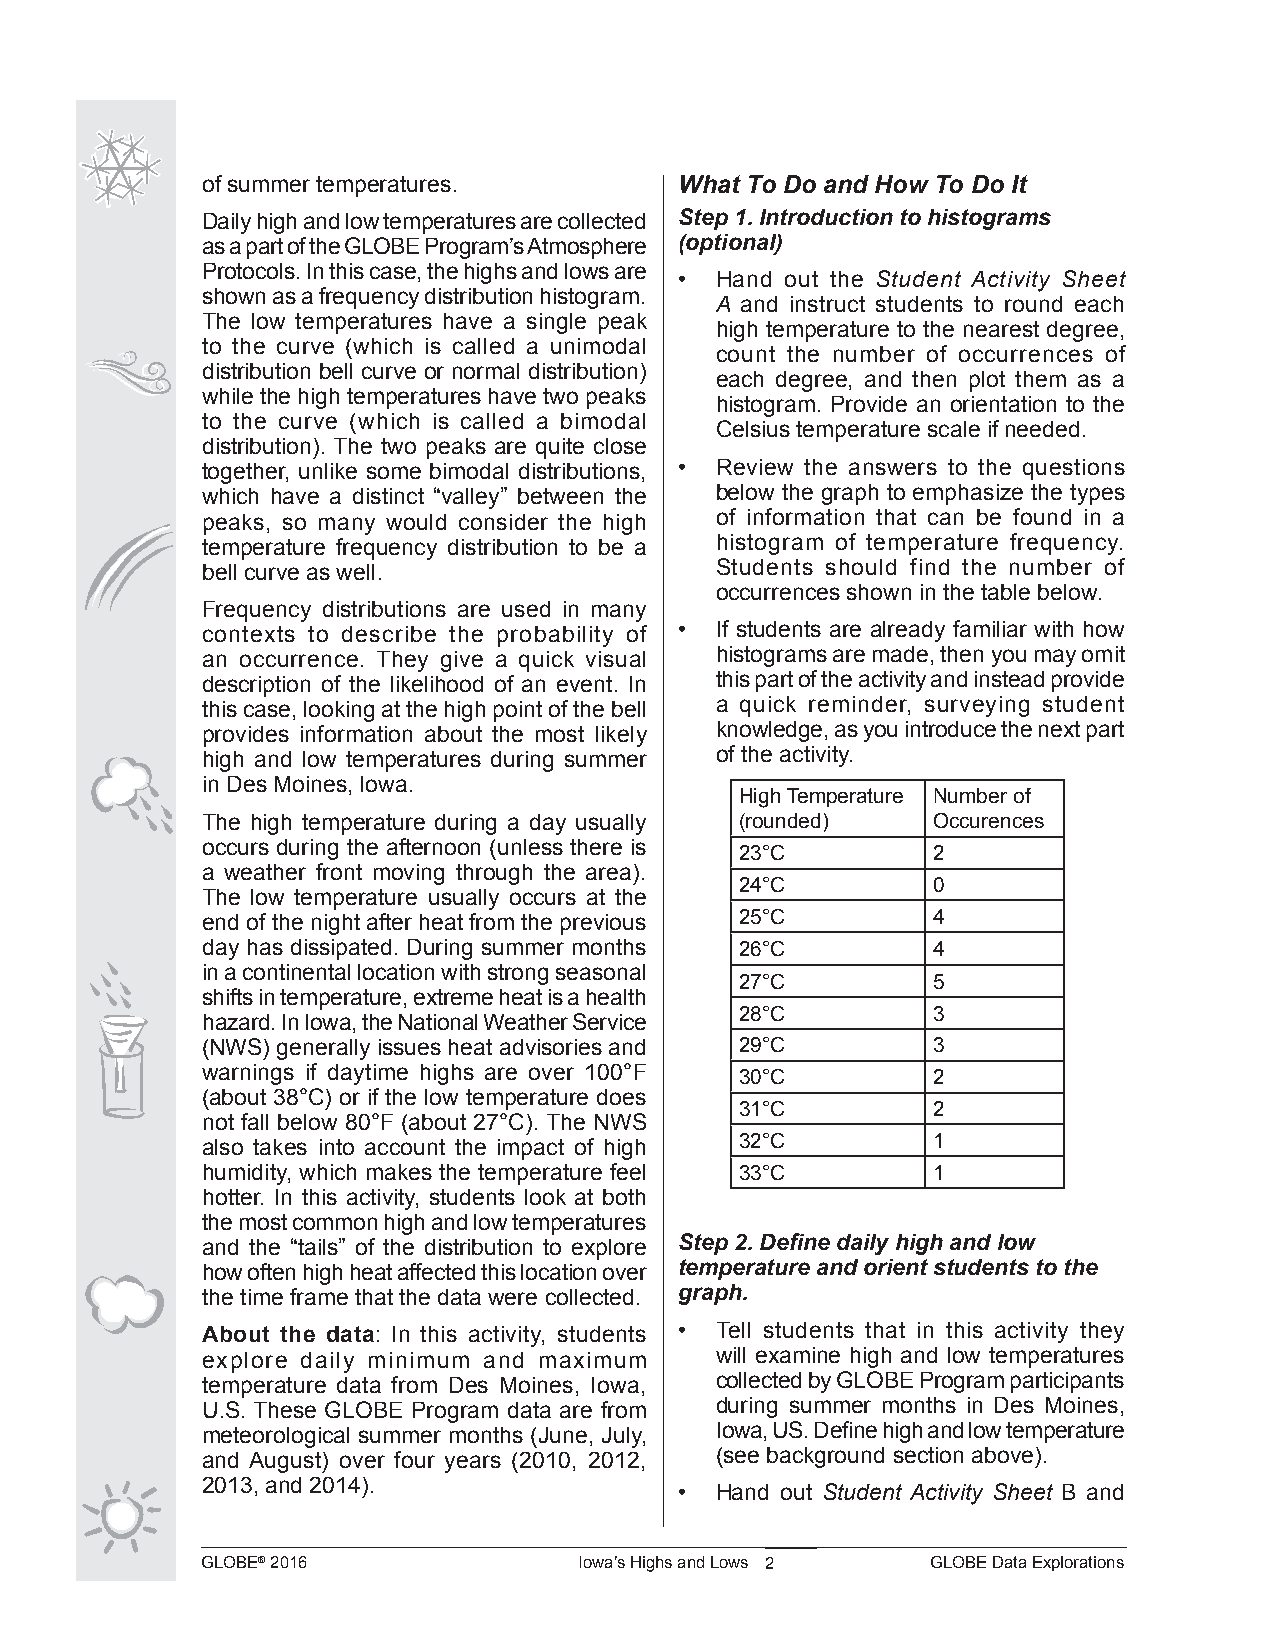
of summer temperatures.         What To Do and How To Do It
 Daily high and low temperatures are collected Step 1. Introduction to histograms
 as a part of the GLOBE Program’s Atmosphere (optional)
 Protocols. In this case, the highs and lows are
 • Hand out the Student Activity Sheet
 shown as a frequency distribution histogram.
 A and instruct students to round each
 The low temperatures have a single peak
 high temperature to the nearest degree,
 to the curve (which is called a unimodal
 count the number of occurrences of
 distribution bell curve or normal distribution)
 each degree, and then plot them as a
 while the high temperatures have two peaks
 histogram. Provide an orientation to the
 to the curve (which is called a bimodal
 Celsius temperature scale if needed.
 distribution). The two peaks are quite close
 together, unlike some bimodal distributions, • Review the answers to the questions
 which have a distinct “valley” between the below the graph to emphasize the types
 peaks, so many would consider the high of information that can be found in a
 temperature frequency distribution to be a histogram of temperature frequency.
 bell curve as well.               Students should find the number of
 occurrences shown in the table below.
 Frequency distributions are used in many
 contexts to describe the probability of • If students are already familiar with how
 an occurrence. They give a quick visual histograms are made, then you may omit
 description of the likelihood of an event. In this part of the activity and instead provide
 this case, looking at the high point of the bell a quick reminder, surveying student
 provides information about the most likely knowledge, as you introduce the next part
 high and low temperatures during summer of the activity.
 in Des Moines, Iowa.
 High Temperature Number of
 The high temperature during a day usually (rounded) Occurences
 occurs during the afternoon (unless there is
 23°C         2
 a weather front moving through the area).
 24°C         0
 The low temperature usually occurs at the
 end of the night after heat from the previous 25°C 4
 day has dissipated. During summer months 26°C    4
 in a continental location with strong seasonal
 27°C         5
 shifts in temperature, extreme heat is a health
 28°C         3
 hazard. In Iowa, the National Weather Service
 (NWS) generally issues heat advisories and 29°C  3
 warnings if daytime highs are over 100°F 30°C    2
 (about 38°C) or if the low temperature does
 31°C         2
 not fall below 80°F (about 27°C). The NWS
 also takes into account the impact of high 32°C  1
 humidity, which makes the temperature feel 33°C  1
 hotter. In this activity, students look at both
 the most common high and low temperatures
 and the “tails” of the distribution to explore Step 2. Define daily high and low
 how often high heat affected this location over temperature and orient students to the
 the time frame that the data were collected. graph.
 About the data: In this activity, students • Tell students that in this activity they
 explore daily minimum and maximum will examine high and low temperatures
 temperature data from Des Moines, Iowa, collected by GLOBE Program participants
 U.S. These GLOBE Program data are from during summer months in Des Moines,
 meteorological summer months (June, July, Iowa, US. Define high and low temperature
 and August) over four years (2010, 2012, (see background section above).
 2013, and 2014).
 • Hand out Student Activity Sheet B and
 GLOBE® 2016              Iowa’s Highs and Lows 2 GLOBE Data Explorations